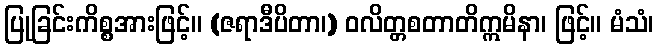
ပြုခြင်းကိစ္စအားဖြင့်။ (ဇရာဒီပိတာ၊) ဝလိတ္တစတာတိဣမိနာ၊ ဖြင့်။ မံသံ၊